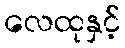
လေထုနှင့်